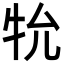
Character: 𭷙